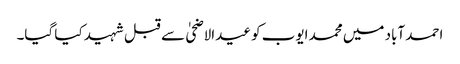
احمد آباد میں محمد ایوب کو عیدالاضحیٰ سے قبل شہید کیا گیا۔